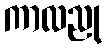
ကာလညု